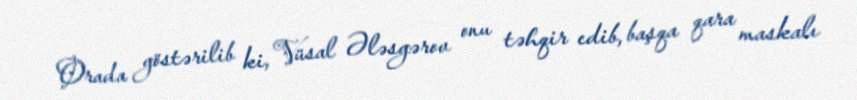
Orada göstərilib ki, Vüsal Ələsgərov onu təhqir edib, başqa qara maskalı